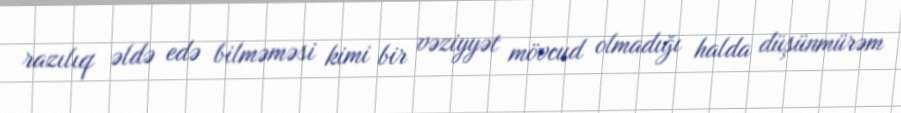
razılıq əldə edə bilməməsi kimi bir vəziyyət mövcud olmadığı halda düşünmürəm